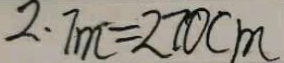
2 . 7 m = 2 7 0 c m